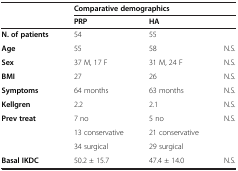
<table><thead><tr><td><b> </b></td><td colspan="3"><b>Comparative demographics</b></td></tr><tr><td><b> </b></td><td><b>PRP</b></td><td><b>HA</b></td><td><b> </b></td></tr></thead><tbody><tr><td><b>N. of patients</b></td><td>54</td><td>55</td><td> </td></tr><tr><td><b>Age</b></td><td>55</td><td>58</td><td>N.S.</td></tr><tr><td><b>Sex</b></td><td>37 M, 17 F</td><td>31 M, 24 F</td><td>N.S.</td></tr><tr><td><b>BMI</b></td><td>27</td><td>26</td><td>N.S.</td></tr><tr><td><b>Symptoms</b></td><td>64 months</td><td>63 months</td><td>N.S.</td></tr><tr><td><b>Kellgren</b></td><td>2.2</td><td>2.1</td><td>N.S.</td></tr><tr><td><b>Prev treat</b></td><td>7 no</td><td>5 no</td><td>N.S.</td></tr><tr><td> </td><td>13 conservative</td><td>21 conservative</td><td> </td></tr><tr><td> </td><td>34 surgical</td><td>29 surgical</td><td> </td></tr><tr><td><b>Basal IKDC</b></td><td>50.2 ± 15.7</td><td>47.4 ± 14.0</td><td>N.S.</td></tr></tbody></table>